Report on vaccination in the Province of Bengal - 1869-1873
Year: 1869
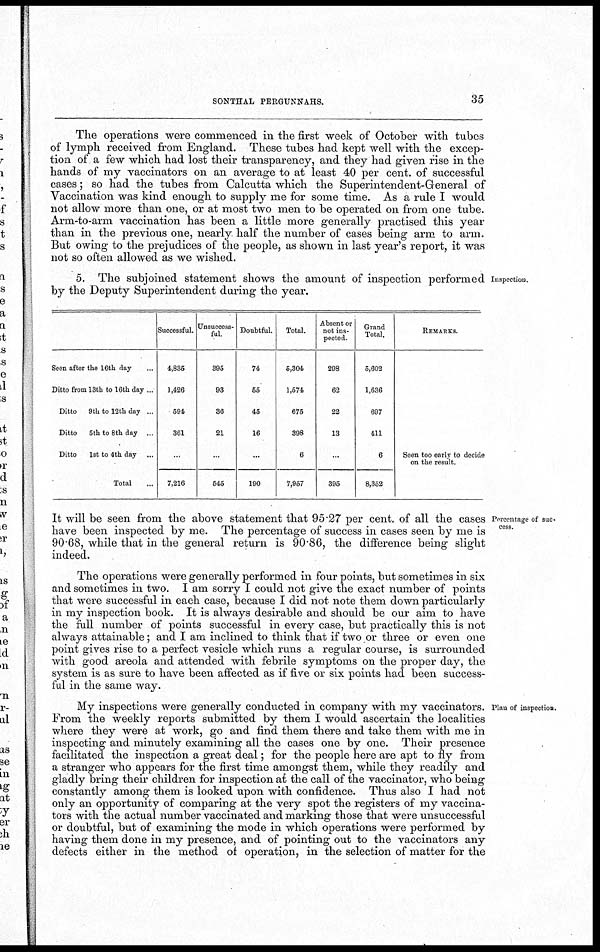
SONTHAL PERGUNNAHS.
35
The operations were commenced in the first week of October with tubes
of lymph received from England. These tubes had kept well with the excep-
tion of a few which had lost their transparency, and they had given rise in the
hands of my vaccinators on an average to at least 40 per cent. of successful
cases; so had the tubes from Calcutta which the Superintendent-General of
Vaccination was kind enough to supply me for some time. As a rule I would
not allow more than one, or at most two men to be operated on from one tube.
Arm-to-arm vaccination has been a little more generally practised this year
than in the previous one, nearly half the number of cases being arm to arm.
But owing to the prejudices of the people, as shown in last year's report, it was
not so often allowed as we wished.
Inspection.
5. The subjoined statement shows the amount of inspection performed
by the Deputy Superintendent during the year.
Seen after the 16th day... ...
Ditto from 13th to 16th day ...
Ditto 9th to 12th day ...
Ditto
5th to 8th day ...
Ditto
1st to 4th day...
Total...
Successful.
4,835
1,426
594
361
...
7,216
Unsuccess-
ful.
395
93
36
21
...
545
Doubtful.
74
55
45
16
...
190
Total.
5,304
1,574
675
398
6
7,957
Absent or
not ins-
pected.
298
62
22
13
...
395
Grand
Total.
5,602
1,636
697
411
6
8,352
REMARKS.
Seen too early to decide
on the result.
Percentage of suc-
cess.
It will be seen from the above statement that 95.27 per cent. of all the cases
have been inspected by me. The percentage of success in cases seen by me is
90.68, while that in the general return is 90.86, the difference being slight
indeed.
The operations were generally performed in four points, but sometimes in six
and sometimes in two. I am sorry I could not give the exact number of points
that were successful in each case, because I did not note them down particularly
in my inspection book. It is always desirable and should be our aim to have
the full number of points successful in every case, but practically this is not
always attainable; and I am inclined to think that if two or three or even one
point gives rise to a perfect vesicle which runs a regular course, is surrounded
with good areola and attended with febrile symptoms on the proper day, the
system is as sure to have been affected as if five or six points had been success-
ful in the same way.
Plan of inspection.
My inspections were generally conducted in company with my vaccinators.
From the weekly reports submitted by them I would ascertain the localities
where they were at work, go and find them there and take them with me in
inspecting and minutely examining all the cases one by one. Their presence
facilitated the inspection a great deal; for the people here are apt to fly from
a stranger who appears for the first time amongst them, while they readily and
gladly bring their children for inspection at the call of the vaccinator, who being
constantly among them is looked upon with confidence. Thus also I had not
only an opportunity of comparing at the very spot the registers of my vaccina-
tors with the actual number vaccinated and marking those that were unsuccessful
or doubtful, but of examining the mode in which operations were performed by
having them done in my presence, and of pointing out to the vaccinators any
defects either in the method of operation, in the selection of matter for the